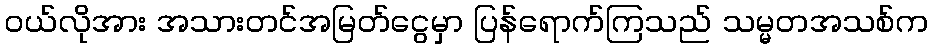
၀ယ်လိုအား အသားတင်အမြတ်ငွေမှာ ပြန်ရောက်ကြသည် သမ္မတအသစ်က